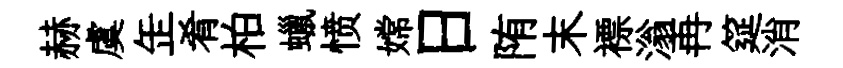
赫虞𦈢肴柏蠟愤嫦日陏末褾滃再筵消